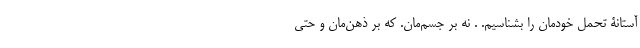
آستانۀ تحمل خودمان را بشناسیم. . نه بر جسم‌مان. که بر ذهن‌مان و حتی